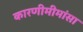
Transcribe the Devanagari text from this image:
कारणीमीमांसा